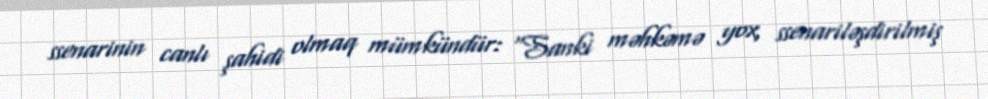
ssenarinin canlı şahidi olmaq mümkündür: “Sanki məhkəmə yox, ssenariləşdirilmiş